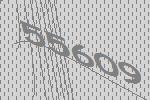
55609